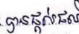
បានផ្តល់ផល